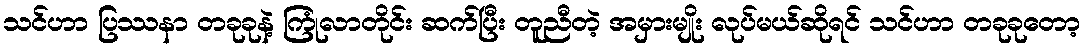
သင်ဟာ ပြဿနာ တခုခုနဲ့ ကြုံလာတိုင်း ဆက်ပြီး တူညီတဲ့ အမှားမျိုး လုပ်မယ်ဆိုရင် သင်ဟာ တခုခုတော့